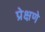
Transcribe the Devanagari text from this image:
प्रेक्षणे